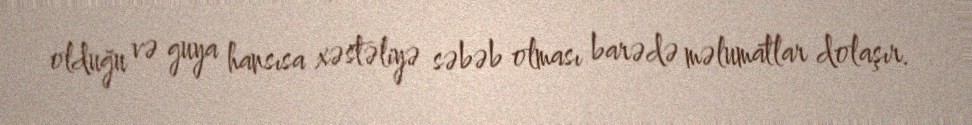
olduğu və guya hansısa xəstəliyə səbəb olması barədə məlumatlar dolaşır.